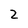
Character: 2